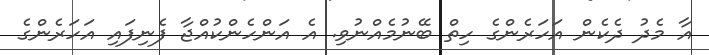
އާ މެދު ދެކެން އަހަރެންގެ ހިތް ބޭނުމެއްނުވި. އެ އަންހެންކުއްޖާ ފެނިފައި އަހަރެންގެ